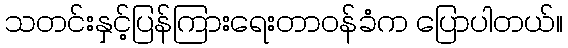
သတင်းနှင့်ပြန်ကြားရေးတာဝန်ခံက ပြောပါတယ်။